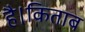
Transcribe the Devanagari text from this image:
है।किताब